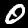
Digit: 0